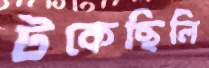
টকেছিলি